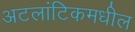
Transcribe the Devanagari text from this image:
अटलांटिकमधील